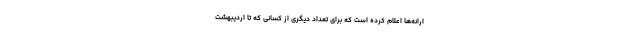
ارانه‌ها اعلام کرده است که برای تعداد دیگری از کسانی که تا اردیبهشت